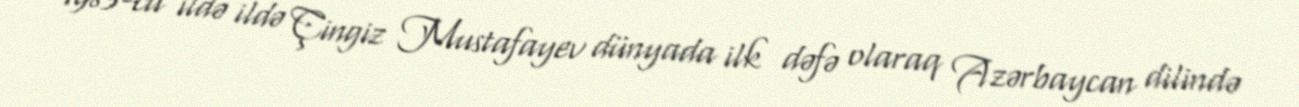
1983-cü ildə ildə Çingiz Mustafayev dünyada ilk dəfə olaraq Azərbaycan dilində